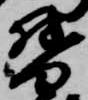
督